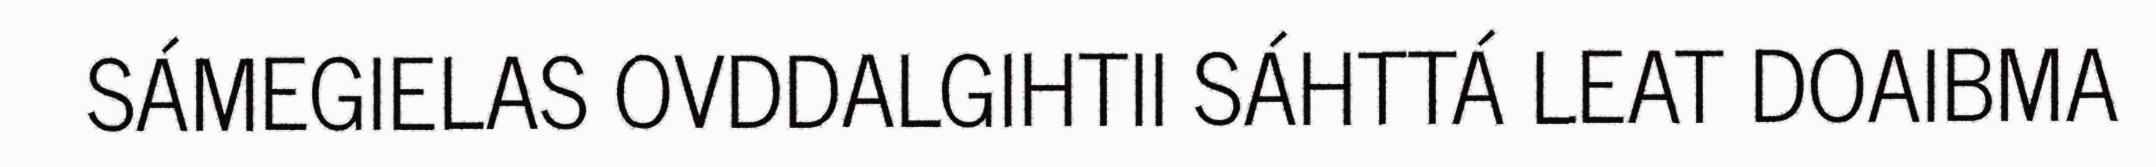
SÁMEGIELAS OVDDALGIHTII SÁHTTÁ LEAT DOAIBMA